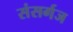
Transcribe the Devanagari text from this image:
संसर्गज